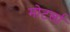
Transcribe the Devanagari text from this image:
मोटर्सा